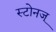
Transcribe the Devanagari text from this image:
स्टोनज्